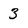
Character: 3